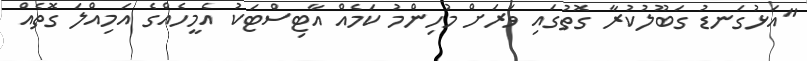
"އަޅުގަނޑު ގަބޫލުކުރާ ގޮތުގައި ވަރަށް މުހިންމު ކަމެއް އާޓިސްޓަކު އެމީހެއްގެ އަމިއްލަ ގޮތެއް